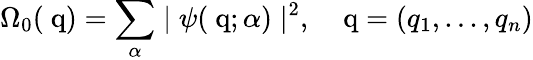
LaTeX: \Omega_{0}(\mathrm{{\mathbf~q}})=\sum_{\alpha}\mid\psi(\mathrm{{\mathbf~q}};\alpha)\mid^{2},\; \; \; \mathrm{{\mathbf~q}}=(q_{1},...,q_{n})